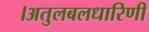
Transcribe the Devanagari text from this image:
।अतुलबलधारिणी